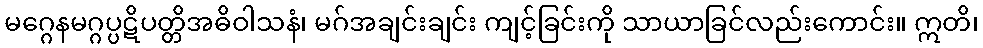
မဂ္ဂေနမဂ္ဂပ္ပဋိပတ္တိအဓိဝါသနံ၊ မဂ်အချင်းချင်း ကျင့်ခြင်းကို သာယာခြင်လည်းကောင်း။ ဣတိ၊